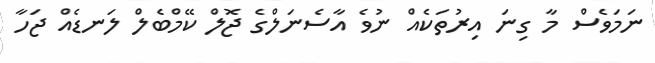
ނަމަވެސް މާ ގިނަ އިރުތަކެއް ނުވެ އާސެނަލްގެ ޖޮލް ކޭމްބެލް ލަނޑެއް ޖަހާ